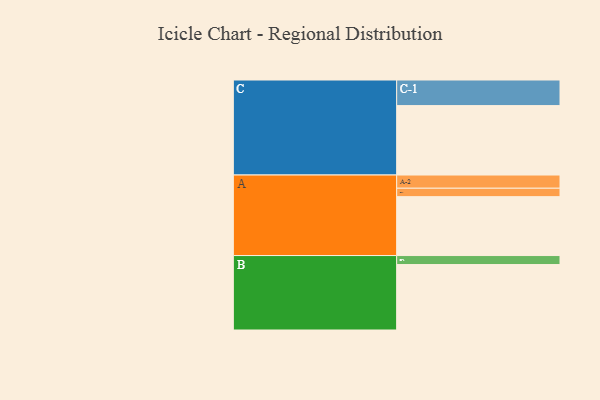
{"axis": {"x": "Segment", "y": "Value"}, "legend": ["", "A", "B", "C"], "data": [{"x": "A", "y": 504, "type": ""}, {"x": "B", "y": 560, "type": ""}, {"x": "C", "y": 594, "type": ""}, {"x": "A-1", "y": 72, "type": "A"}, {"x": "A-2", "y": 113, "type": "A"}, {"x": "B-1", "y": 77, "type": "B"}, {"x": "C-1", "y": 219, "type": "C"}]}